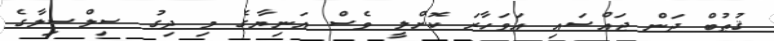
ޤުޠުބް ދަން ޖައްސައި އަވަހާރަ ކޮށްލީ ވެސް އަނިޔާގެ މި ދިގު ސިލްސިލާގެ